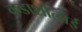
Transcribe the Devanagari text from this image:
कडाशोलाई